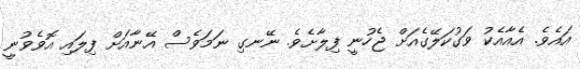
އައެވެ. އެއާއެކު ވަގުކަލޭގެއަށް ޖެހުނީ ފިލާށެވެ. ނޭނގި ނަމަވެސް އޭނާއަށް ފިލައި އޮވެވުނީ